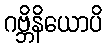
ဂဗ္ဘိနိယောပိ